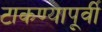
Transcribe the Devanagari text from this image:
टाकण्यापूर्वी